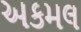
અકમલ